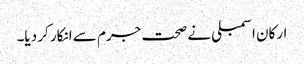
ارکان اسمبلی نے صحت جرم سے انکار کر دیا۔